Civil Veterinary Department Bihar & Orissa reports 1922-29 - 1922-1929
Year: 1922
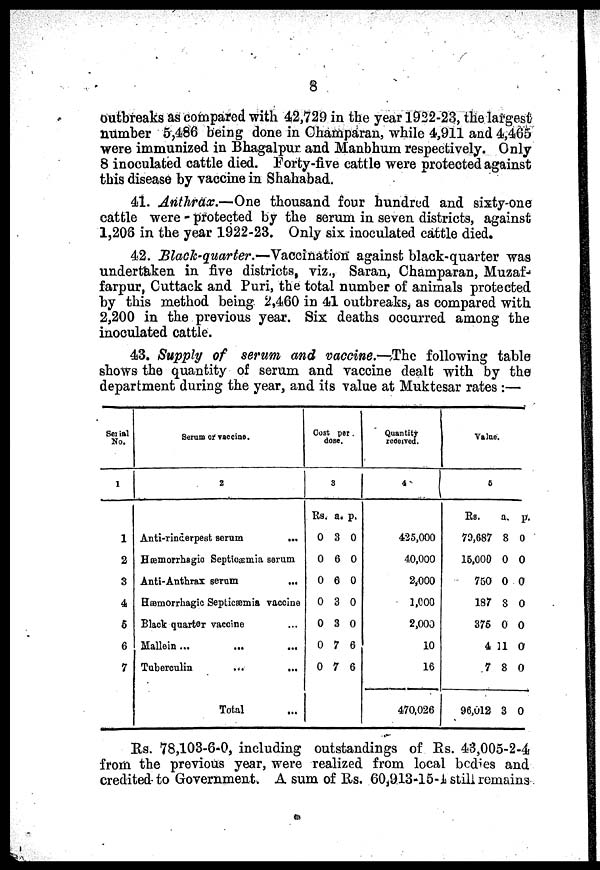
8
outbreaks as compared with 42,729 in the year 1922-23, the largest
number 5,486 being done in Champaran, while 4,911 and 4,465
were immunized in Bhagalpur and Manbhum respectively. Only
8 inoculated cattle died. Forty-five cattle were protected against
this disease by vaccine in Shahabad.
41. Anthrax.—One thousand four hundred and sixty-one
cattle were - protected by the serum in seven districts, against
1,206 in the year 1922-23. Only six inoculated cattle died.
42. Black-quarter.—Vaccination against black-quarter was
undertaken in five districts, viz., Saran, Champaran, Muzaf-
farpur, Cuttack and Puri, the total number of animals protected
by this method being 2,460 in 41 outbreaks, as compared with
2,200 in the previous year. Six deaths occurred among the
inoculated cattle.
43. Supply of serum and vaccine.—The following table
shows the quantity of serum and vaccine dealt with by the
department during the year, and its value at Muktesar rates :—
Serial
No.
1
1
2
3
4
6
6
7
Serum of vaccune.
2
Anti-rincerpeat sorum
...
Hoemorrhagio Septicemia urum
Anti-Anthrax serum
Hemorrhagic Septicemia vaccine
Black quarter vaccine
Mallein...
...
...
Tuberculin
...
...
Total
Cost per
dose.
3
Kb.
0
0
0
0
0
0
0
a.
3
6
6
3
3
7
7
P.
0
0
0
0
0
6
6
Quantity
received
4
425,000
40,000
2,000
1,000
2,000
10
16
470,026
Value.
5
Rs.
70,687
16.000
750
187
376
4
7
96,012
a. p.
8 0
0 0
0 0
8 0
0 0
11 0
8 0
3 0
Rs. 78,103-6-0, including outstandings of Es. 43,005-2-4
from the previous year, were realized from local bed'es and
credited to Government. A sum of Rs. 60/J13-15-A still remains